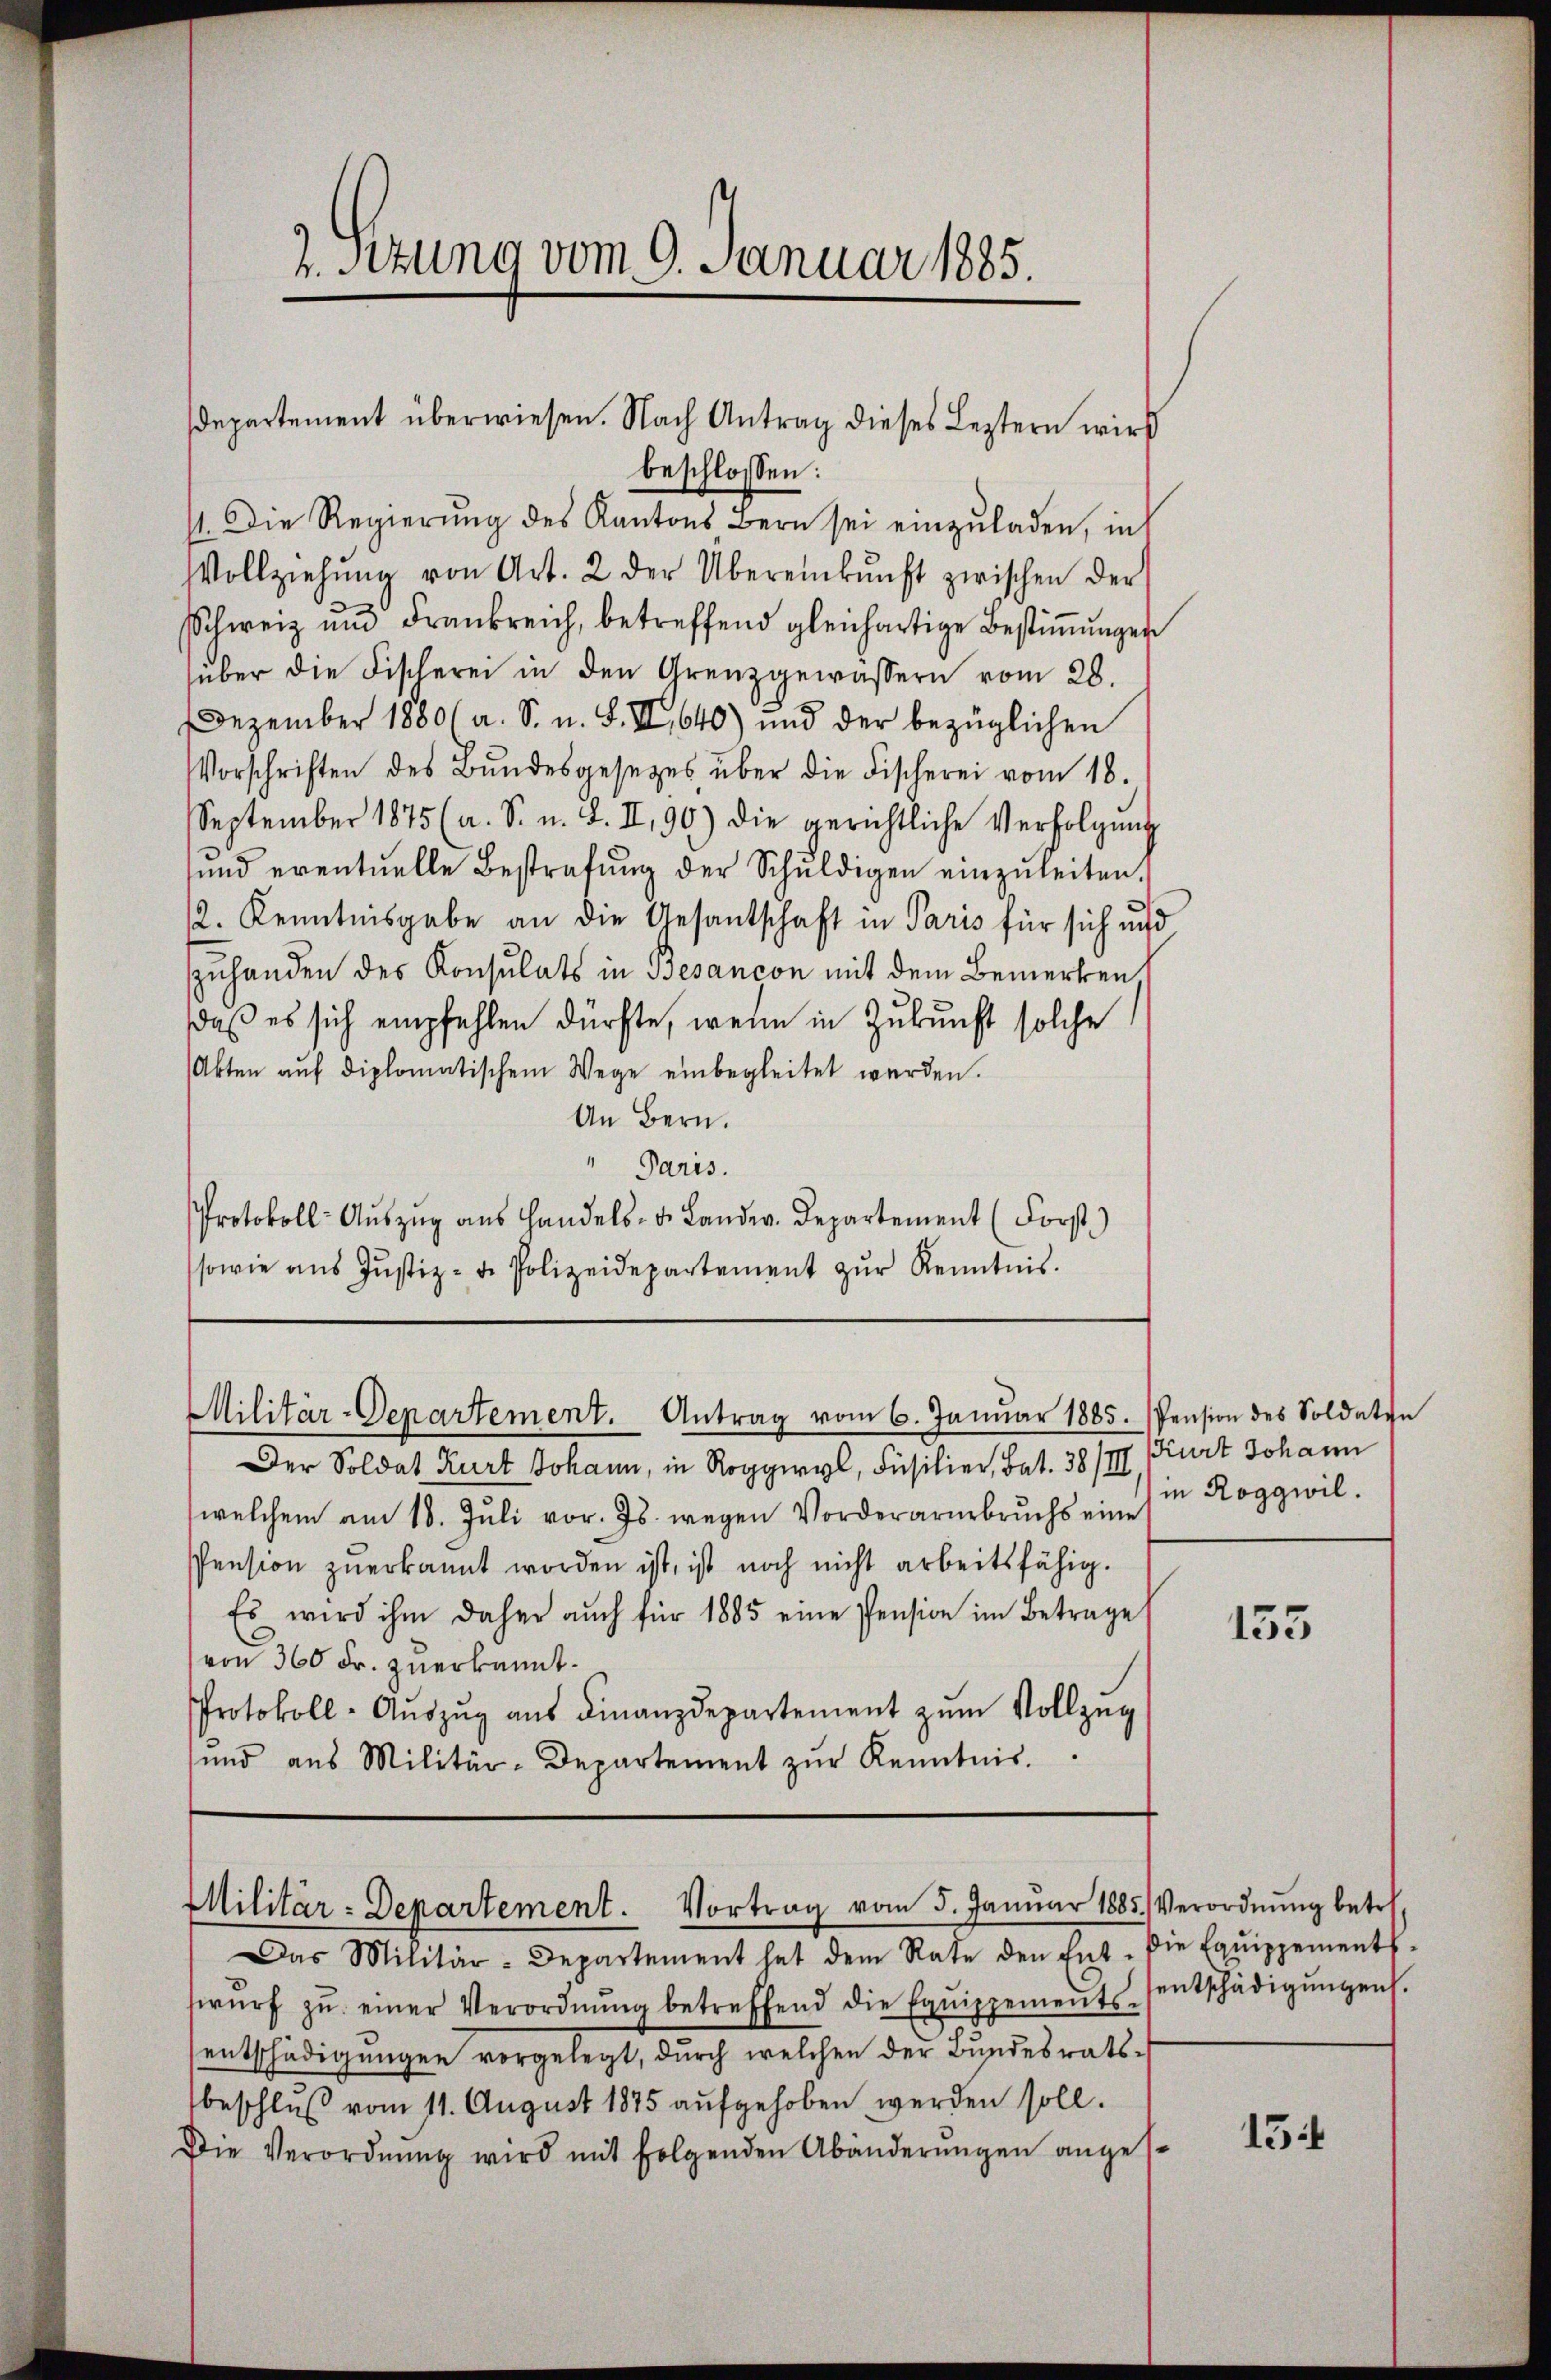
2. Sitzung vom 9. Januar 1885.

beschlossen:
11. Die Regierung des Kantons Bern sei einzuladen, in
Vollziehŭng von Art. 2 der Übereinkunft zwischen der
Schweiz und Frankreich, betreffend gleichartige Bestiṁŭngen
über die Fischerei in den Grenzgewassern vom 28.
Dezember 1880 (a. S. u. S. II,640) und der bezüglichen
Vorschriften des Bŭndesgesetzes über die Fischerei vom 18.
September 1875 (a. S. n. F. II, 90) die gerichtliche Verfolgŭng
ŭnd eventuelle Bestrafŭng der Schŭldigen einzŭleiten.
12. Kenntnisgabe an die Gesantschaft in Paris für sich und
zuhanden des Konsulats in Besancon mit dem Bemerken
daß es sich empfehlen dürfte, wenn in Zukunft solche
Akten aŭf diplomatischem Wege einbegleitet werden.
An Bern.
" Paris.
Protokoll-Aŭszŭg aŭs Handels- u. Landw. Departement (Forst
sowie aŭs Jŭstiz- u. Polizeidepartement zŭr Kenntnis.

departement überwiesen. Nach Antrag dieses Leztern wird

Militär-Departement. Antrag vom 6. Janŭar 1885. Pension des Soldaten

Der Soldat Kurt Johann, in Roy, Füsilier, Bat. 38/III Kurt Johann
welchem am 18. Jŭli vor. Js. wegen Vorderarŭbrŭchs ein in Roggwil.
Pension zŭerkannt worden ist, ist noch nicht arbeitsfähig.
Es wird ihm daher auch für 1885 eine Pension im Betrage
von 360 Fr. zuerkannt.
Protokoll-Aŭszŭg aŭs Finanzdepartement zŭm Vollzug
ŭnd aus Militär-Departement zŭr Kenntnis.

Militär-Departement. Vortrag vom 5. Janŭar 1885. Verordnŭng betr.

Das Militär-Departement hat dem Rate den Ent-die Equippements-
wŭrf zŭ einer Verordnŭng betreffend die Equippements-sentschädigŭngen.
sentschädigungen vorgelegt, durch welchen der Bundesrats-
beschluß vom 11. August 1875 aufgehoben werden soll.
Die Verordnŭng wird mit folgenden Abänderŭngen angese

155

15